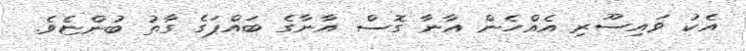
އެކު ވައިސޫރި އެއްހެން އާނާ ގޮސް އާނާގެ ބައްޕަގެ ގާތު ބުންޏެވެ.